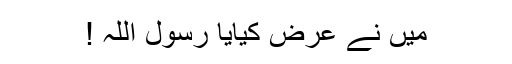
مَیں نے عرض کیایا رسولؐ اللہ !